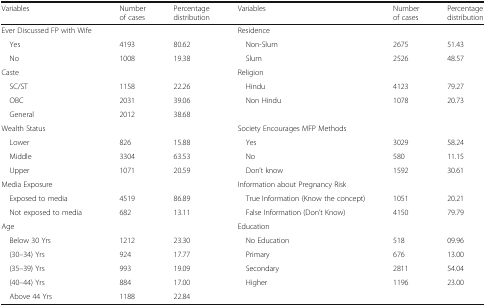
<table><thead><tr><td><b>Variables</b></td><td><b>Number of cases</b></td><td><b>Percentage distribution</b></td><td><b>Variables</b></td><td><b>Number of cases</b></td><td><b>Percentage distribution</b></td></tr></thead><tbody><tr><td>Ever Discussed FP with Wife</td><td></td><td></td><td>Residence</td><td></td><td></td></tr><tr><td> Yes</td><td>4193</td><td>80.62</td><td> Non-Slum</td><td>2675</td><td>51.43</td></tr><tr><td> No</td><td>1008</td><td>19.38</td><td> Slum</td><td>2526</td><td>48.57</td></tr><tr><td>Caste</td><td></td><td></td><td>Religion</td><td></td><td></td></tr><tr><td> SC/ST</td><td>1158</td><td>22.26</td><td> Hindu</td><td>4123</td><td>79.27</td></tr><tr><td> OBC</td><td>2031</td><td>39.06</td><td> Non Hindu</td><td>1078</td><td>20.73</td></tr><tr><td> General</td><td>2012</td><td>38.68</td><td></td><td></td><td></td></tr><tr><td>Wealth Status</td><td></td><td></td><td>Society Encourages MFP Methods</td><td></td><td></td></tr><tr><td> Lower</td><td>826</td><td>15.88</td><td> Yes</td><td>3029</td><td>58.24</td></tr><tr><td> Middle</td><td>3304</td><td>63.53</td><td> No</td><td>580</td><td>11.15</td></tr><tr><td> Upper</td><td>1071</td><td>20.59</td><td> Don’t know</td><td>1592</td><td>30.61</td></tr><tr><td>Media Exposure</td><td></td><td></td><td>Information about Pregnancy Risk</td><td></td><td></td></tr><tr><td> Exposed to media</td><td>4519</td><td>86.89</td><td> True Information (Know the concept)</td><td>1051</td><td>20.21</td></tr><tr><td> Not exposed to media</td><td>682</td><td>13.11</td><td> False Information (Don’t Know)</td><td>4150</td><td>79.79</td></tr><tr><td>Age</td><td></td><td></td><td>Education</td><td></td><td></td></tr><tr><td> Below 30 Yrs</td><td>1212</td><td>23.30</td><td> No Education</td><td>518</td><td>09.96</td></tr><tr><td> (30–34) Yrs</td><td>924</td><td>17.77</td><td> Primary</td><td>676</td><td>13.00</td></tr><tr><td> (35–39) Yrs</td><td>993</td><td>19.09</td><td> Secondary</td><td>2811</td><td>54.04</td></tr><tr><td> (40–44) Yrs</td><td>884</td><td>17.00</td><td> Higher</td><td>1196</td><td>23.00</td></tr><tr><td> Above 44 Yrs</td><td>1188</td><td>22.84</td><td></td><td></td><td></td></tr></tbody></table>